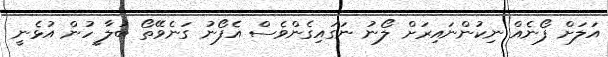
އަލަށް ފޯނެއް ނިކުންނައިރަށް ލޯނު ނަގައިގެންވެސް އެފޯނު ގަނެވޭތޯ ބަލާ ީހުން އުޅެނީ